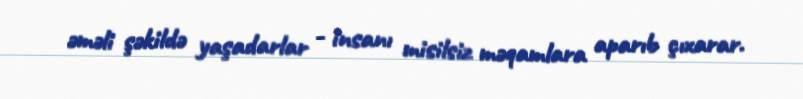
əməli şəkildə yaşadarlar - insanı misilsiz məqamlara aparıb çıxarar.